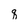
Character: q